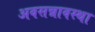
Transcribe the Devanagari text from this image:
अवसन्नावस्था